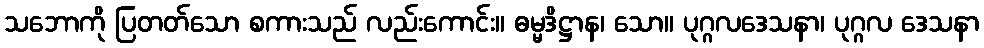
သဘောကို ပြတတ်သော စကားသည် လည်းကောင်း။ ဓမ္မဒိဋ္ဌာန၊ သော။ ပုဂ္ဂလဒေသနာ၊ ပုဂ္ဂလ ဒေသနာ